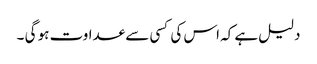
دلیل ہے کہ اس کی کسی سے عداوت ہو گی ۔